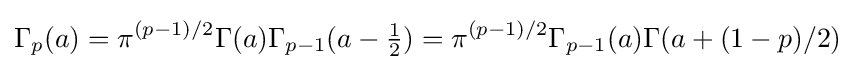
\Gamma _{p}(a)=\pi ^{(p-1)/2}\Gamma (a)\Gamma _{p-1}(a-{\tfrac {1}{2}})=\pi ^{(p-1)/2}\Gamma _{p-1}(a)\Gamma (a+(1-p)/2)